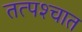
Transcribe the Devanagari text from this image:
तत्‍पश्‍चात